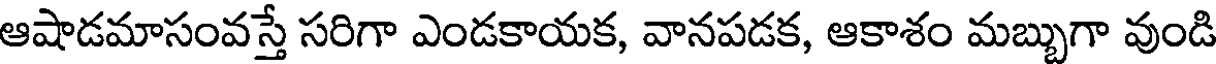
ఆషాడమాసంవస్తే సరిగా ఎండకాయక, వానపడక, ఆకాశం మబ్బుగా వుండి